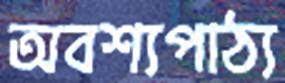
অবশ্যপাঠ্য